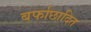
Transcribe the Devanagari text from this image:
बर्फाछादित